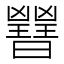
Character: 𣌇